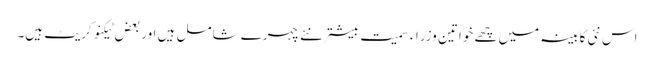
اس نئی کابینہ میں چھے خواتین وزراء سمیت بیشتر نئے چہرے شامل ہیں اور بعض ٹیکنوکریٹ ہیں۔